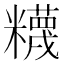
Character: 𥽘